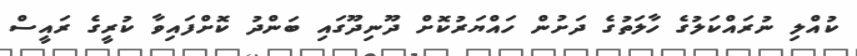
ކުއްލި ނުރައްކަލުގެ ހާލަތުގެ ދަށުން ހައްޔަރުކޮށް ދޫނިދޫގައި ބަންދު ކޮށްފައިވާ ކުރީގެ ރައީސް